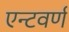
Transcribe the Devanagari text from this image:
एन्टवर्ण